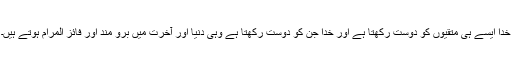
خدا ایسے ہی متقیوں کو دوست رکھتا ہے اور خدا جن کو دوست رکھتا ہے وہی دنیا اور آخرت میں برو مند اور فائز المرام ہوتے ہیں۔